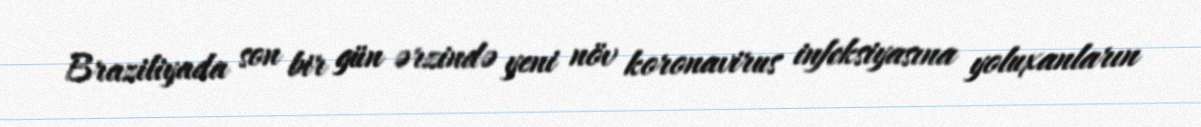
Braziliyada son bir gün ərzində yeni növ koronavirus infeksiyasına yoluxanların